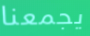
يجمعنا